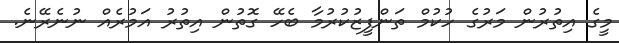
މީގެ އިތުރުން މަރުގެ ހުކުމް ތަންފީޒުކުރުމާ ބެހޭ ގޮތުން އިތުރު އަމުރެއް ނުނެރޭނެ.